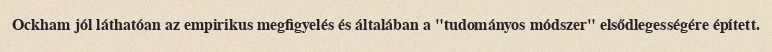
Ockham jól láthatóan az empirikus megfigyelés és általában a "tudományos módszer" elsődlegességére épített.